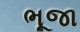
ભૂજા